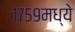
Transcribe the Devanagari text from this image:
१७५९मध्ये